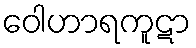
ဝေါဟာရကူဋာ